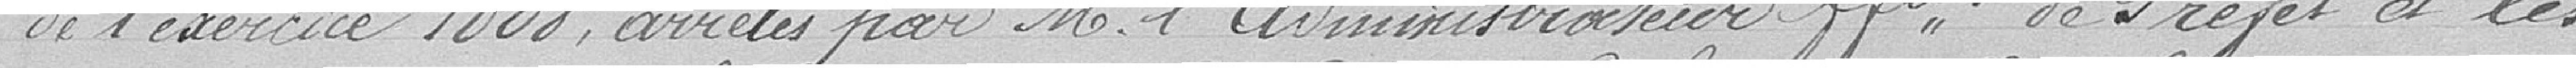
de l'exercice 1888, arrêtés par Monsieur l'Administrateur pour le Préfet et les